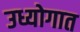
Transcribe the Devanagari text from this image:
उध्योगात